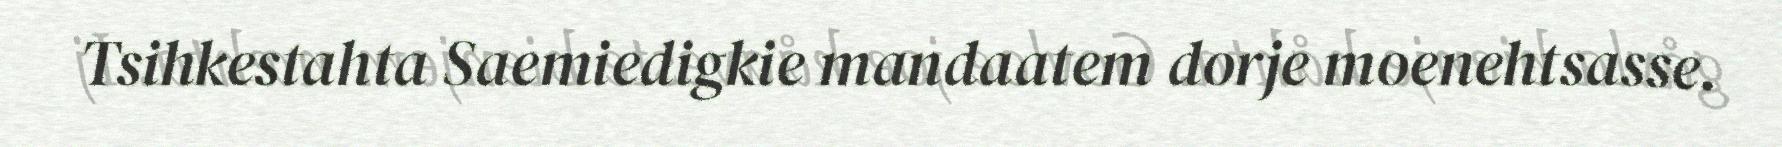
Tsihkestahta Saemiedigkie mandaatem dorje moenehtsasse.